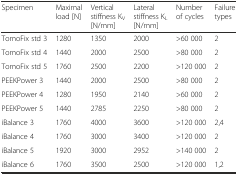
<table><thead><tr><td><b>Specimen</b></td><td><b>Maximal load [N]</b></td><td><b>Vertical stiffness K<sub>V</sub> [N/mm]</b></td><td><b>Lateral stiffness K<sub>L</sub> [N/mm]</b></td><td><b>Number of cycles</b></td><td><b>Failure types</b></td></tr></thead><tbody><tr><td>TomoFix std 3</td><td>1280</td><td>1350</td><td>2000</td><td>&gt;60 000</td><td>2</td></tr><tr><td>TomoFix std 4</td><td>1440</td><td>2000</td><td>2500</td><td>&gt;80 000</td><td>2</td></tr><tr><td>TomoFix std 5</td><td>1760</td><td>2500</td><td>2200</td><td>&gt;120 000</td><td>2</td></tr><tr><td>PEEKPower 3</td><td>1440</td><td>2000</td><td>2500</td><td>&gt;80 000</td><td>2</td></tr><tr><td>PEEKPower 4</td><td>1280</td><td>1950</td><td>2140</td><td>&gt;60 000</td><td>2</td></tr><tr><td>PEEKPower 5</td><td>1440</td><td>2785</td><td>2250</td><td>&gt;80 000</td><td>2</td></tr><tr><td>iBalance 3</td><td>1760</td><td>4000</td><td>3600</td><td>&gt;120 000</td><td>2,4</td></tr><tr><td>iBalance 4</td><td>1760</td><td>3000</td><td>3400</td><td>&gt;120 000</td><td>2</td></tr><tr><td>iBalance 5</td><td>1920</td><td>3000</td><td>2952</td><td>&gt;140 000</td><td>2</td></tr><tr><td>iBalance 6</td><td>1760</td><td>3500</td><td>2500</td><td>&gt;120 000</td><td>1,2</td></tr></tbody></table>